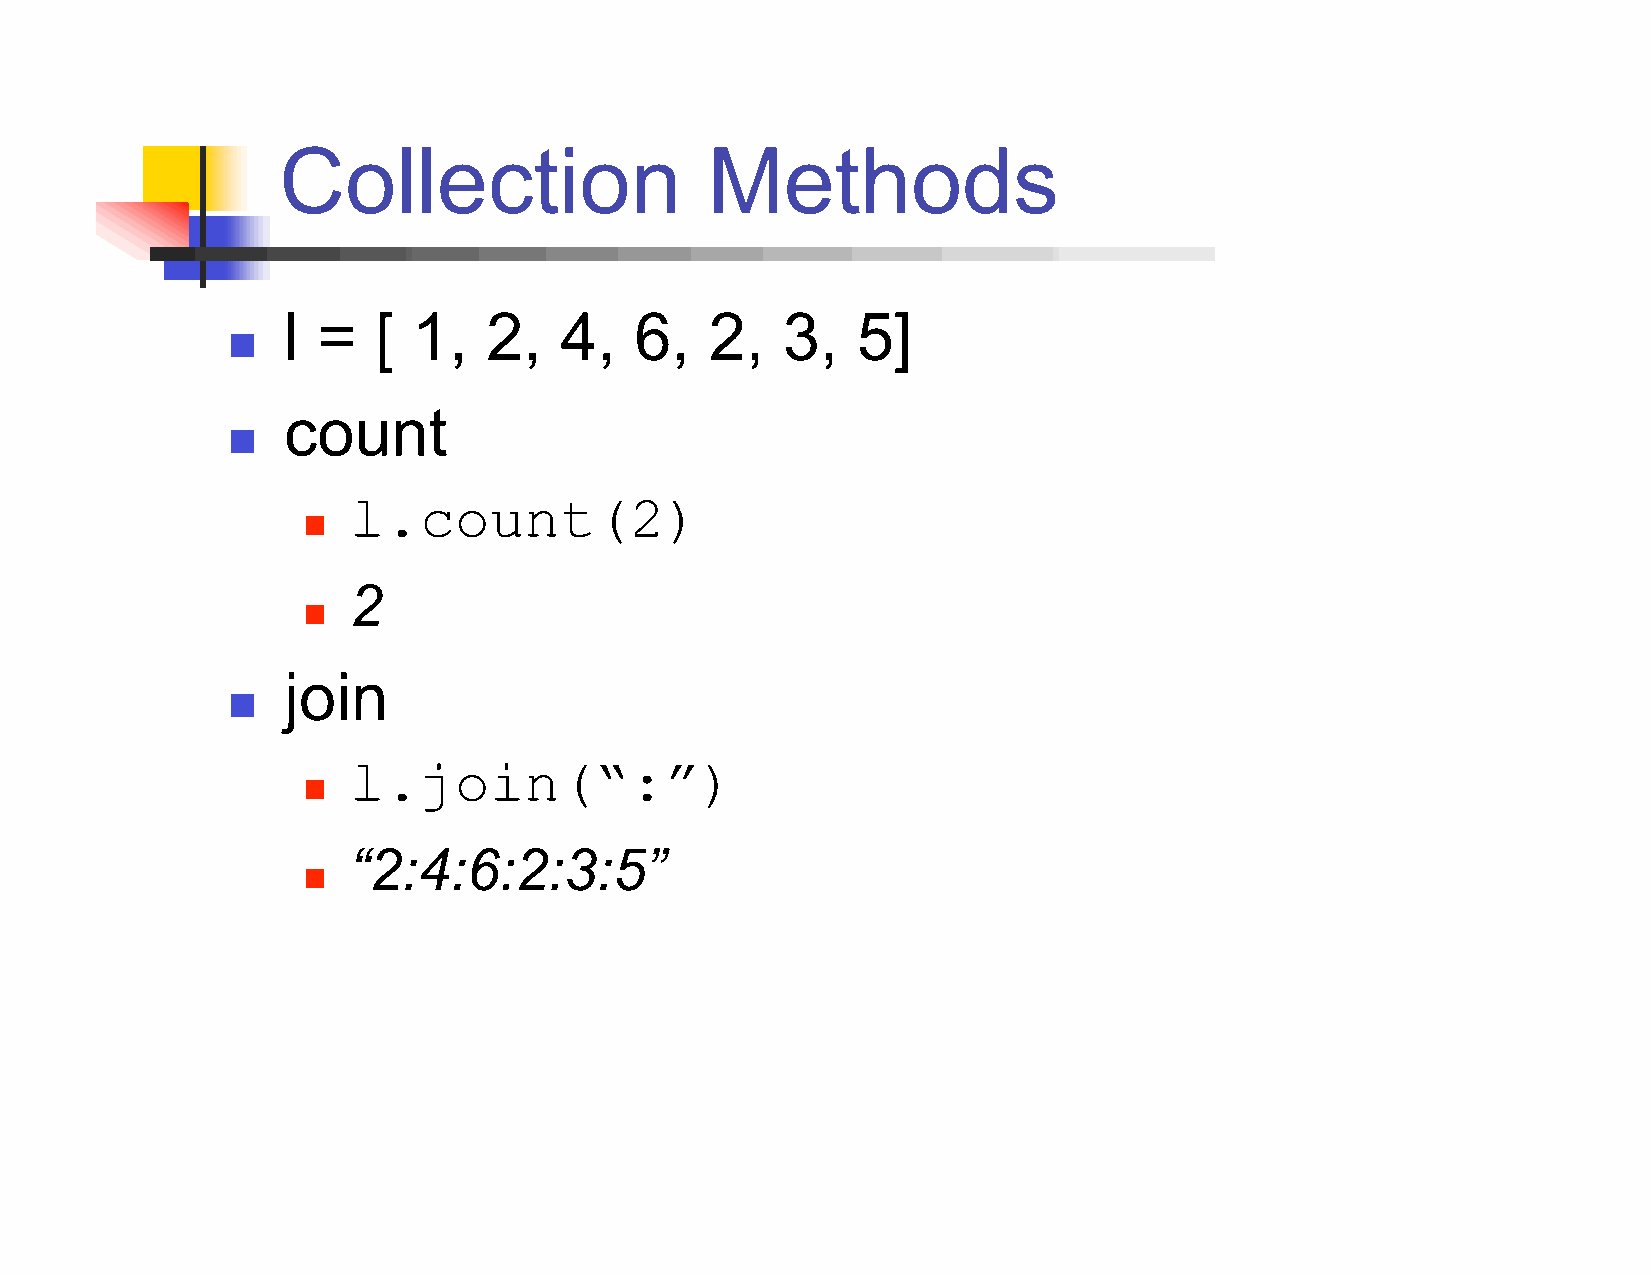
Collection                   Methods
 l =   [ 1,   2,   4,   6,   2,   3,   5]
 
 count
 
 l.count(2)
 
 2
 
 join
 
 l.join(“:”)
 
 “2:4:6:2:3:5”
 